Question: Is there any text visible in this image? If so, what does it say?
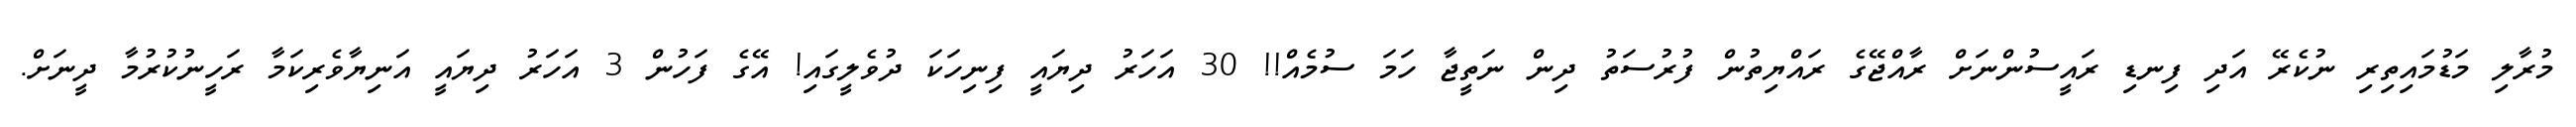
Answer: މުރާލި މަޑުމައިތިރި ނުކެރޭ އަދި ފިނޑި ރައީސުންނަށް ރާއްޖޭގެ ރައްޔިތުން ފުރުސަތު ދިން ނަތީޖާ ހަމަ ސުމެއް!! 30 އަހަރު ދިޔައީ ފިނިހަކަ ދުވެލީގައި! އޭގެ ފަހުން 3 އަހަރު ދިޔައީ އަނިޔާވެރިކަމާ ރަހީނުކުރުމާ ދީނަށް.